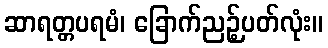
ဆာရတ္တပရမံ၊ ခြောက်ညဉ့်ပတ်လုံး။